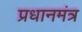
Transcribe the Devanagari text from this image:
प्रधानमंत्र